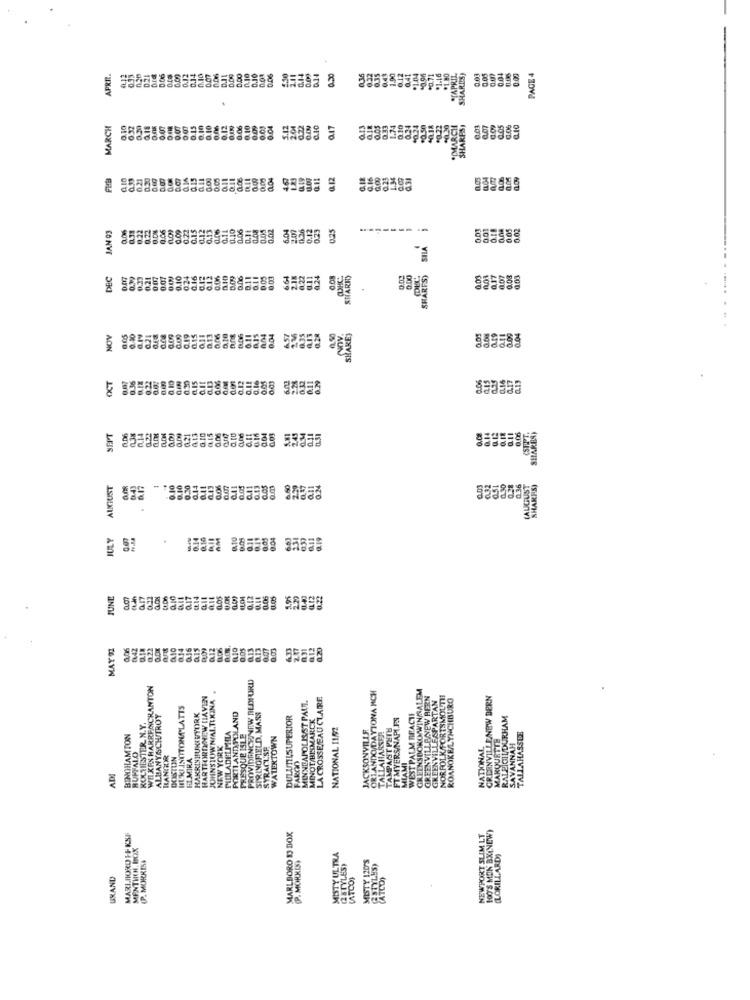
APRIL.
41.12
D.21
0.06
0.12
0.14
0.07
0.03
0.06
0.00
0.30
0.32
0.15
0.43
0.41
+1.04
SHARDS)
0.03
0.04
PAGE 4
MARCH
0.10
6.17
0.07
0.07
0.15
0.10
0.10
0.12
0.06
0.10
0.04
0.22
0.17
0.33
$0.50
SIMARCH
SHARES
0.03
@.05
15998
FHB
0.20
0.15
0.00
0.00
467
JAN 93
0.22
0.06
0.09
0.22
0.02
236
0.12
0.25
0.22
001
DEC
0.21
0.07
0.10
0.16
0.12
0.06
0.10
0.09
6.11
0.05
0.03
64
124
SHARES)
SHAKES
NOV
021
0.08
806
004
NOV.
6.15
0.03
DCT
8.12
SEIT
014
d.to
0.03
SHARES;
AUGUST
3.20
0.41
CLOS
6.60
-
JULY
0.07
0.16
@10
0.09
0,05
0.01
5588 35838
JUNE
017
0.05
0.06
0.05
MAY 92
@22
0.16
0.12
0.13
6.07
1.03
PROVIDENCENEW BEDFORD
WIL XRX HARRFACHANTON
GREENSBORO WINGALEM
HARTFORTYNEW HAVEN
JOHNSTOWN/ALTIKINA
LA CROSSE/EAU CLAIRE
NDO/DAYTONA MICH
GREENVILLENEW BERN
GREENVILLESPARTAN
ORFOLK FORTSMOLTI
ROANOKE LYNCHBURG
GREENVILLE NEW BERN
MINNEAPOLISST PAUL
ALBANYOLWIROY
HARRISHUNINYORK
PORTI AND POLAND
SPRINGFIELD, MASS
DULUTILSUPERIOR
MINOT/BISMARCK
WEST PALM BEACHE
RALEICIL DURHAM
ROCHESTER. N.Y.
PHILADELPHIA
NATIONAL 11/2
YERSINAPI
BINGHAMTON
PRESQUE ISLE
WATERTOWN
MARQUETTE
TALLAHASSEE
NEW YORK
SYRACUSE
NVIL
NATIONAL
SAVANNAH
BUFFALO
RANGER
HUMIRA
FAROO
LLAHA
100'S MEN BX(NEW)
MARI.HORD FF KSP
MARLBORO 13 BOX
NEWPORT SLIM LT
MENTICH, BOX
(P. MORKISI
MISTY ULTRA
MISTY 120'S
(LORILLARD)
(P. MOKKIS)
(2 STYLES)
(2STYLES)
UXAND
(ATCO)
(ATCD)